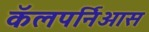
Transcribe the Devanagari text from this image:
कॅलपर्निआस